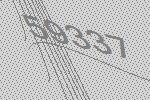
59337